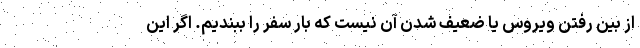
از بین رفتن ویروس یا ضعیف شدن آن نیست که بار سفر را ببندیم. اگر این